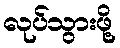
လုပ်သွားဖို့